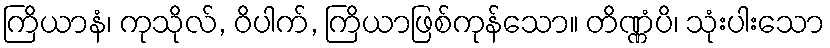
ကြိယာနံ၊ ကုသိုလ်, ဝိပါက်, ကြိယာဖြစ်ကုန်သော။ တိဏ္ဏံပိ၊ သုံးပါးသော